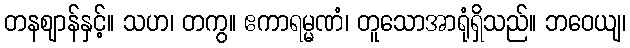
တနဈာန်နှင့်။ သဟ၊ တကွ။ ဧကာရမ္မဏံ၊ တူသောအာရုံရှိသည်။ ဘဝေယျ၊